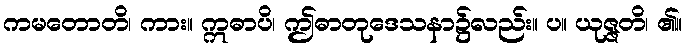
ကမတောတိ၊ ကား။ ဣဓာပိ၊ ဤဓာတုဒေသနာ၌လည်း။ ပ။ ယုဇ္ဇတိ၊ ၏။